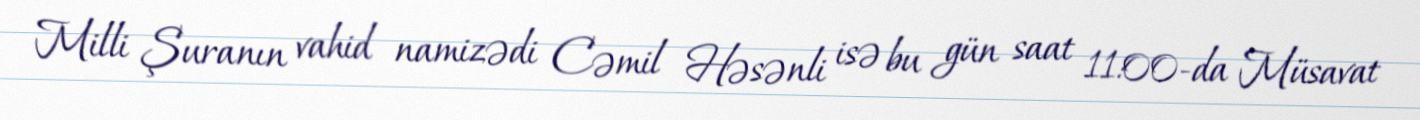
Milli Şuranın vahid namizədi Cəmil Həsənli isə bu gün saat 11:00-da Müsavat